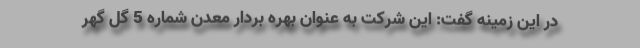
در این زمینه گفت: این شرکت به عنوان بهره بردار معدن شماره 5 گل گهر